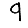
Digit: 9